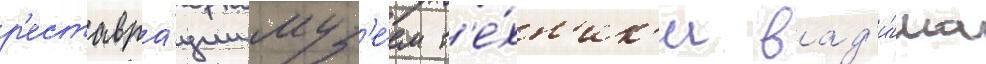
р'еставра́ции муз'е́ем т'е́хн'ик'и вад'и́ма